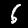
Digit: 6